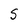
Character: S